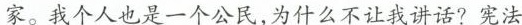
家。我个人也是一个公民，为什么不让我讲话?宪法